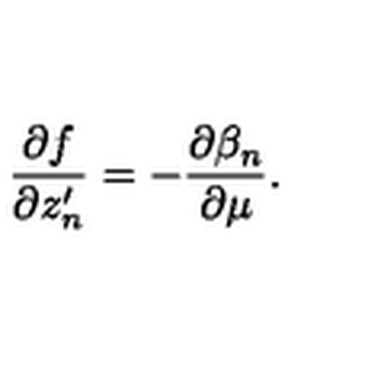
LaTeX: \frac { \partial f } { \partial z _ { n } ^ { \prime } } = - \frac { \partial \beta _ { n } } { \partial \mu } .